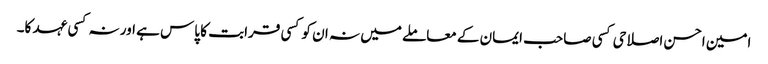
امین احسن اصلاحی کسی صاحب ایمان کے معاملے میں نہ ان کو کسی قرابت کا پاس ہے اور نہ کسی عہد کا۔